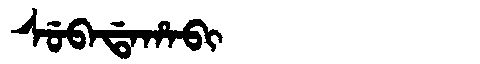
Manchu: ᠰᡠᠪᠠᡩᠠᡥᠠᠪᡳ
Romanization: SUBADAHABI